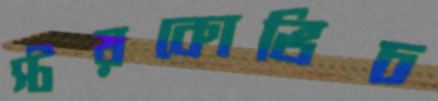
স্টয়কোভিচ